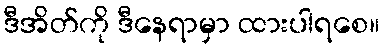
ဒီအိတ်ကို ဒီနေရာမှာ ထားပါရစေ။